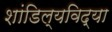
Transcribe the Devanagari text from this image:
शांडिल्यविद्या